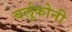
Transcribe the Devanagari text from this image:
बर्लुकोनी